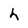
Character: h